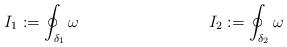
LaTeX: \begin{align*} I_1&:=\oint_{\delta_1}\omega & I_2&:=\oint_{\delta_2}\omega\end{align*}